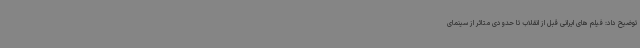
توضیح داد: فیلم های ایرانی قبل از انقلاب تا حدودی متاثر از سینمای